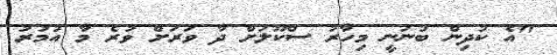
"އެ ކުދިން ބުނަނީ މިހާރު ސްކޫލަށް ދާ ވަރަށް ވުރެ މާ އުމުރު